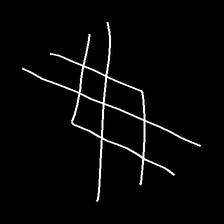
Glyph: crystal